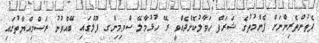
ފެތުންތެރިންނަށް ފެންމުތުގެ ޝަރަފް ޙަވާލުކޮށްދެއްވީ ރޭ ހުޅުމާލޭ ސްވިމިންގ ޕޫލްގައި ބޭއްވުނު ރަސްމިއްޔާތުގައި